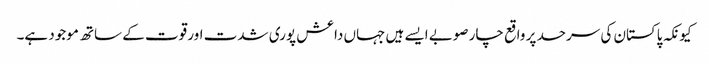
کیونکہ پاکستان کی سرحد پر واقع چار صوبے ایسے ہیں جہاں داعش پوری شدت اور قوت کے ساتھ موجود ہے۔